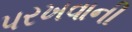
પરખવાની